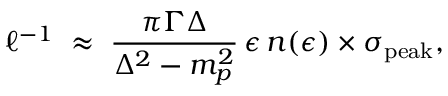
\ell ^ { - 1 } \; \approx \; { \frac { \pi \Gamma \Delta } { \Delta ^ { 2 } - m _ { p } ^ { 2 } } } \, \epsilon \, n ( \epsilon ) \times \sigma _ { \mathrm { p e a k } } ,